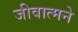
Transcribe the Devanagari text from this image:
जीवात्मने